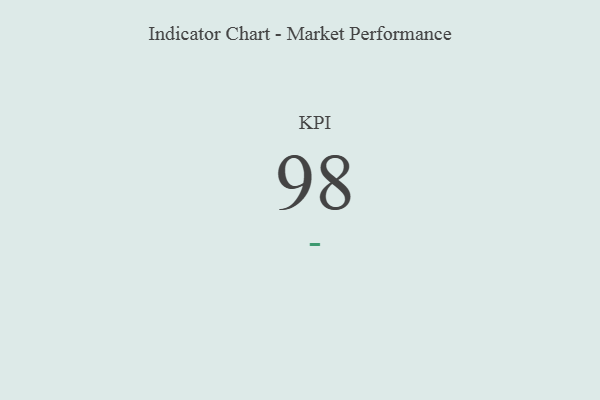
{"axis": {"x": "KPI", "y": "Value"}, "legend": [""], "data": [{"x": "KPI", "y": 98, "type": ""}]}